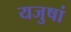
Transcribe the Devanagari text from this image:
यजुषां